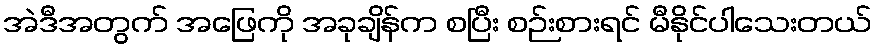
အဲဒီအတွက် အဖြေကို အခုချိန်က စပြီး စဉ်းစားရင် မီနိုင်ပါသေးတယ်